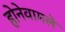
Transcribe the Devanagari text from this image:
होनेवामले